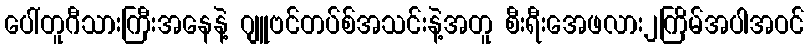
ပေါ်တူဂီသားကြီးအနေနဲ့ ဂျူဗင်တပ်စ်အသင်းနဲ့အတူ စီးရီးအေဖလား၂ကြိမ်အပါအဝင်